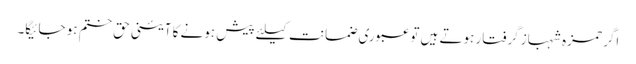
اگر حمزہ شہباز گرفتار ہوتے ہیں تو عبوری ضمانت کیلئے پیش ہونے کا آئینی حق ختم ہو جائیگا۔